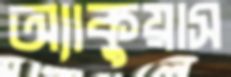
অ্যাকুয়াস